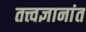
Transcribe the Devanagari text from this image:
तत्त्वज्ञानांत